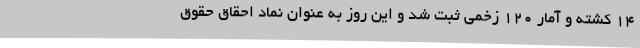
۱۴ کشته و آمار ۱۲۰ زخمی ثبت شد و این روز به عنوان نماد احقاق حقوق